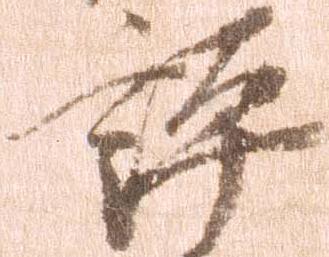
評